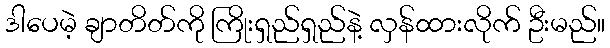
ဒါပေမဲ့ ချာတိတ်ကို ကြိုးရှည်ရှည်နဲ့ လှန်ထားလိုက် ဦးမည်။